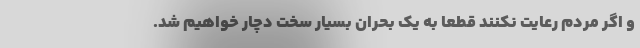
و اگر مردم رعایت نکنند قطعا به یک بحران بسیار سخت دچار خواهیم شد.